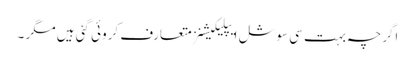
اگرچہ بہت سی سوشل ایپلیکیشنز متعارف کروئی گئی ہیں مگر ۔